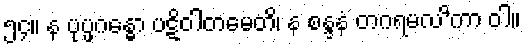
၅၄။ န ပုပ္ဖဂန္ဓော ပဋိဝါတမေတိ၊ န စန္ဒနံ တဂရမလ’ိကာ ဝါ။